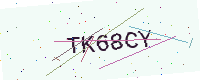
Text: TK68CY